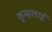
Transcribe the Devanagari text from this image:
कुम्हलाई